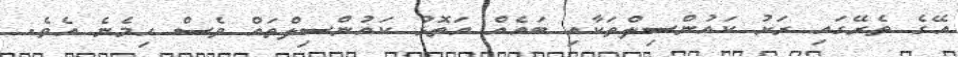
އޭގެ ތެރޭގައި ރަށު ކައުންސިލްތަކާއި ބައެއް އަތޮޅު ކައުންސިލްތައް ވެސް ހިމެނެ އެވެ.